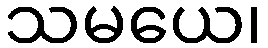
သမယေ၊